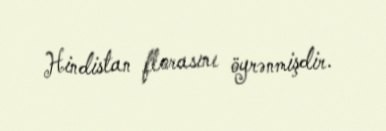
Hindistan florasını öyrənmişdir.